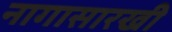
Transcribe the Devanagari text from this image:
नागासारखी